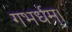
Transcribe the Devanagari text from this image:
गभर्धम्।